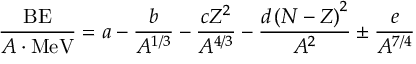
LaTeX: { \frac { \mathrm { B E } } { A \cdot { \mathrm { M e V } } } } = a - { \frac { b } { A ^ { 1 / 3 } } } - { \frac { c Z ^ { 2 } } { A ^ { 4 / 3 } } } - { \frac { d \left( N - Z \right) ^ { 2 } } { A ^ { 2 } } } \pm { \frac { e } { A ^ { 7 / 4 } } }